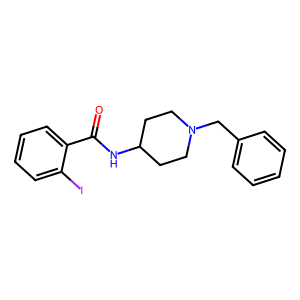
SMILES: O=C(NC1CCN(Cc2ccccc2)CC1)c1ccccc1I
Inhibits HIV replication: No